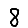
Digit: 8